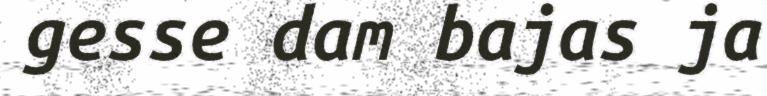
gesse dam bajas ja